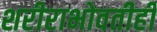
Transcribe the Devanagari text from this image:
शरीराभोवतीही